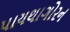
પાયથાગોરન